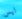
ليس